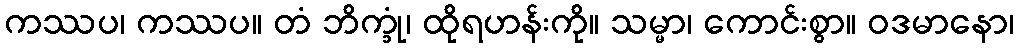
ကဿပ၊ ကဿပ။ တံ ဘိက္ခုံ၊ ထိုရဟန်းကို။ သမ္မာ၊ ကောင်းစွာ။ ဝဒမာနော၊